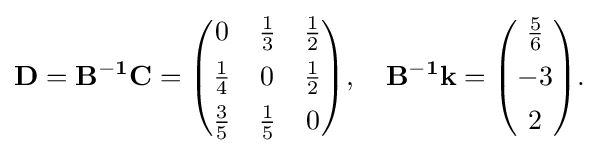
{\begin{aligned}\mathbf {D} =\mathbf {B^{-1}C} ={\begin{pmatrix}0&{\frac {1}{3}}&{\frac {1}{2}}\\[4pt]{\frac {1}{4}}&0&{\frac {1}{2}}\\[4pt]{\frac {3}{5}}&{\frac {1}{5}}&0\end{pmatrix}},\quad \mathbf {B^{-1}k} ={\begin{pmatrix}{\frac {5}{6}}\\[4pt]-3\\[4pt]2\end{pmatrix}}.\end{aligned}}